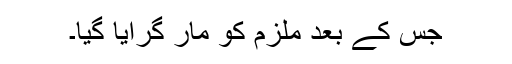
جس کے بعد ملزم کو مار گرایا گیا۔